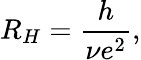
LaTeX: R_{H}={\frac{h}{\nu e^{2}}},